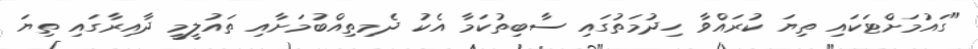
"ގައުމަށްޓަކައި ތިޔަ ކުރައްވާ ހިދުމަތުގައި ސާބިތުކަމާ އެކު ދެމިތިއްބުމަށާއި ތައުލީމީ ދާއިރާގައި ތިޔަ